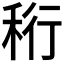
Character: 𥞧